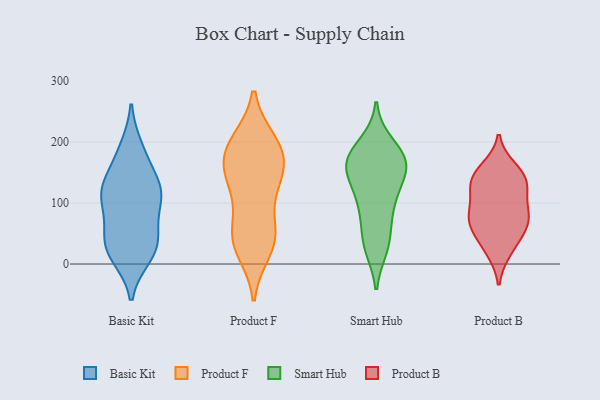
{"axis": {"x": "Tickets Resolved", "y": "Value"}, "legend": ["Basic Kit", "Product B", "Product F", "Smart Hub"], "data": [{"x": "", "y": 111, "type": "Basic Kit"}, {"x": "", "y": 22, "type": "Basic Kit"}, {"x": "", "y": 112, "type": "Basic Kit"}, {"x": "", "y": 178, "type": "Basic Kit"}, {"x": "", "y": 46, "type": "Basic Kit"}, {"x": "", "y": 14, "type": "Basic Kit"}, {"x": "", "y": 129, "type": "Basic Kit"}, {"x": "", "y": 110, "type": "Basic Kit"}, {"x": "", "y": 33, "type": "Basic Kit"}, {"x": "", "y": 189, "type": "Basic Kit"}, {"x": "", "y": 110, "type": "Basic Kit"}, {"x": "", "y": 136, "type": "Basic Kit"}, {"x": "", "y": 24, "type": "Basic Kit"}, {"x": "", "y": 62, "type": "Basic Kit"}, {"x": "", "y": 200, "type": "Product F"}, {"x": "", "y": 133, "type": "Product F"}, {"x": "", "y": 58, "type": "Product F"}, {"x": "", "y": 196, "type": "Product F"}, {"x": "", "y": 47, "type": "Product F"}, {"x": "", "y": 150, "type": "Product F"}, {"x": "", "y": 23, "type": "Product F"}, {"x": "", "y": 38, "type": "Product F"}, {"x": "", "y": 175, "type": "Product F"}, {"x": "", "y": 144, "type": "Product F"}, {"x": "", "y": 194, "type": "Product F"}, {"x": "", "y": 118, "type": "Product F"}, {"x": "", "y": 176, "type": "Product F"}, {"x": "", "y": 42, "type": "Product F"}, {"x": "", "y": 37, "type": "Smart Hub"}, {"x": "", "y": 182, "type": "Smart Hub"}, {"x": "", "y": 92, "type": "Smart Hub"}, {"x": "", "y": 37, "type": "Smart Hub"}, {"x": "", "y": 163, "type": "Smart Hub"}, {"x": "", "y": 158, "type": "Smart Hub"}, {"x": "", "y": 157, "type": "Smart Hub"}, {"x": "", "y": 196, "type": "Smart Hub"}, {"x": "", "y": 155, "type": "Smart Hub"}, {"x": "", "y": 128, "type": "Smart Hub"}, {"x": "", "y": 176, "type": "Smart Hub"}, {"x": "", "y": 106, "type": "Smart Hub"}, {"x": "", "y": 28, "type": "Smart Hub"}, {"x": "", "y": 90, "type": "Smart Hub"}, {"x": "", "y": 167, "type": "Smart Hub"}, {"x": "", "y": 123, "type": "Product B"}, {"x": "", "y": 59, "type": "Product B"}, {"x": "", "y": 79, "type": "Product B"}, {"x": "", "y": 139, "type": "Product B"}, {"x": "", "y": 140, "type": "Product B"}, {"x": "", "y": 71, "type": "Product B"}, {"x": "", "y": 22, "type": "Product B"}, {"x": "", "y": 71, "type": "Product B"}, {"x": "", "y": 110, "type": "Product B"}, {"x": "", "y": 32, "type": "Product B"}, {"x": "", "y": 79, "type": "Product B"}, {"x": "", "y": 156, "type": "Product B"}, {"x": "", "y": 141, "type": "Product B"}]}